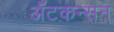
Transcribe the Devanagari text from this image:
ॲटकन्सन